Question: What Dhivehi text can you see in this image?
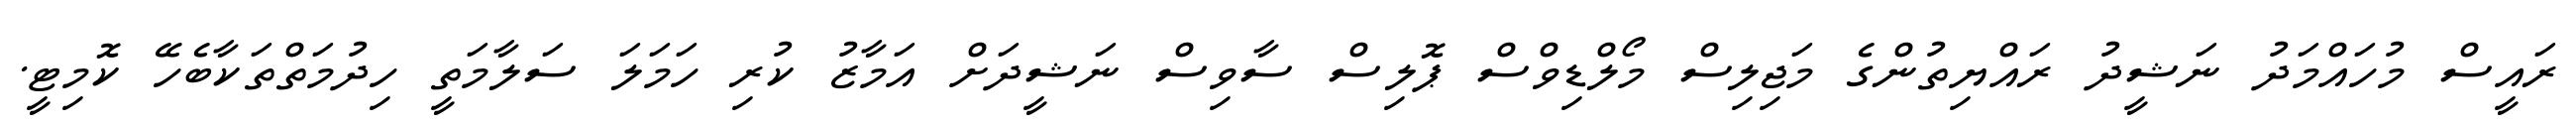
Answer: ރައީސް މުހައްމަދު ނަޝީދު ރައްޔިތުންގެ މަޖިލިސް މޯލްޑިވްސް ޕޮލިސް ސާވިސް ނަޝީދަށް އަމާޒު ކުރި ހަމަލަ ސަލާމަތީ ހިދުމަތްތަކާބެހޭ ކޮމިޓީ.